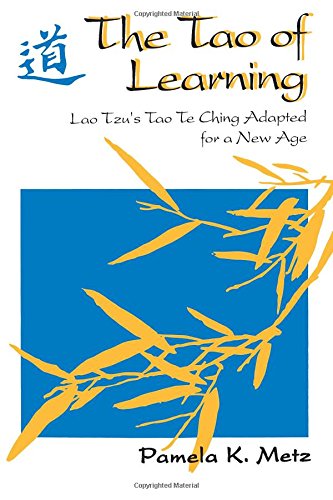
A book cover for The Tao of Learning: Lao Tzu's Tao Te Ching Adapted for a New Age; Pamela Metz; Religion & Spirituality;